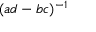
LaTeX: ( a d - b c ) ^ { - 1 }